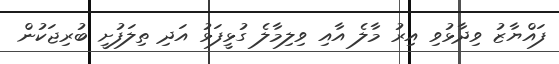
ފައްޔާޒު ވިދާޅުވި އިރު މާލެ އާއި ވިލިމާލެ ގުޅީފަޅު އަދި ތިލަފުށީ ބުރިޖަކުން